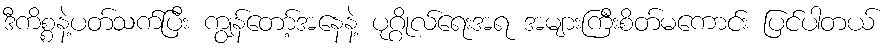
ဒီကိစ္စနဲ့ပတ်သက်ပြီး ကျွန်တော့်အနေနဲ့ ပုဂ္ဂိုလ်ရေးအရ အများကြီးစိတ်မကောင်း ပြင်ပါတယ်